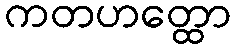
ကတဟတ္ထော